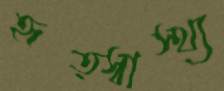
হৃত্স্বাস্থ্য